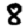
Digit: 8